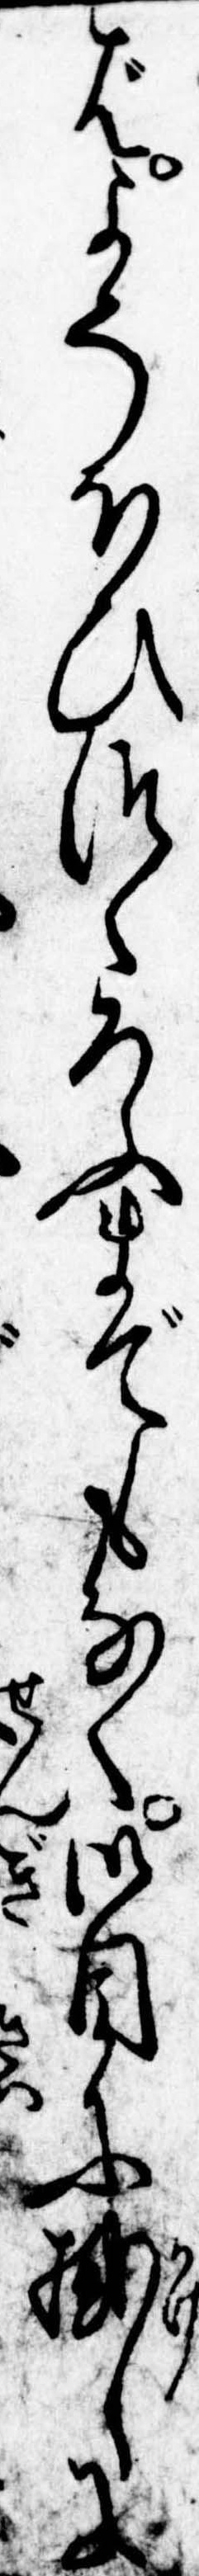
ばよそほひつくろふまでもなく御目に掛しに